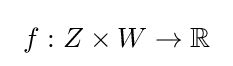
\ f:Z\times W\to \mathbb {R} \